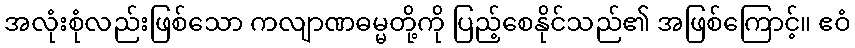
အလုံးစုံလည်းဖြစ်သော ကလျာဏဓမ္မတို့ကို ပြည့်စေနိုင်သည်၏ အဖြစ်ကြောင့်။ ဧဝံ